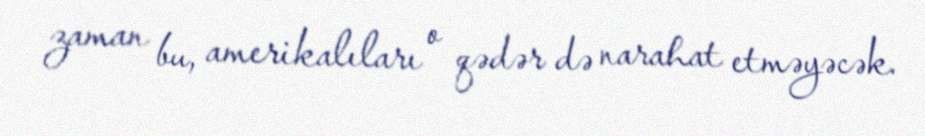
zaman bu, amerikalıları o qədər də narahat etməyəcək.